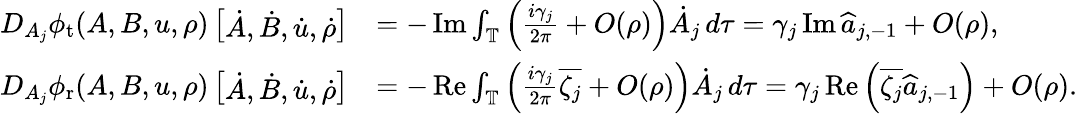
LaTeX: \begin{array}{rl}{D_{A_{j}}\phi_{\mathrm{t}}(A,B,u,\rho)\left[\begin{array}{l}{\dot{A},\dot{B},\dot{u},\dot{\rho}}\end{array}\right]}&{=-\operatorname{Im}\int_{\mathbb T}\left(\frac{i\gamma_{j}}{2\pi}+O(\rho)\right)\dot{A}_{j}\, d\tau=\gamma_{j}\operatorname{Im}\widehat{a}_{j,-1}+O(\rho),}\\ {D_{A_{j}}\phi_{\mathrm{r}}(A,B,u,\rho)\left[\begin{array}{l}{\dot{A},\dot{B},\dot{u},\dot{\rho}}\end{array}\right]}&{=-\operatorname{Re}\int_{\mathbb T}\left(\frac{i\gamma_{j}}{2\pi}\overline{{\zeta_{j}}}+O(\rho)\right)\dot{A}_{j}\, d\tau=\gamma_{j}\operatorname{Re}\left(\overline{{\zeta_{j}}}\widehat{a}_{j,-1}\right)+O(\rho).}\end{array}